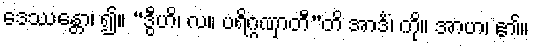
ဒေဿန္တော၊ ၍။ “ဒွီဟိ၊ လ။ ပရိဂ္ဂဏှာတီ”တိ အာဒိံ၊ ကို။ အာဟ၊ ၏။